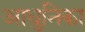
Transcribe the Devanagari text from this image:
आधुनिका